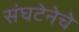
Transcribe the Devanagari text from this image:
संघटेनेचे